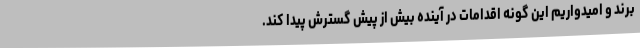
برند و امیدواریم این گونه اقدامات در آینده بیش از پیش گسترش پیدا کند.